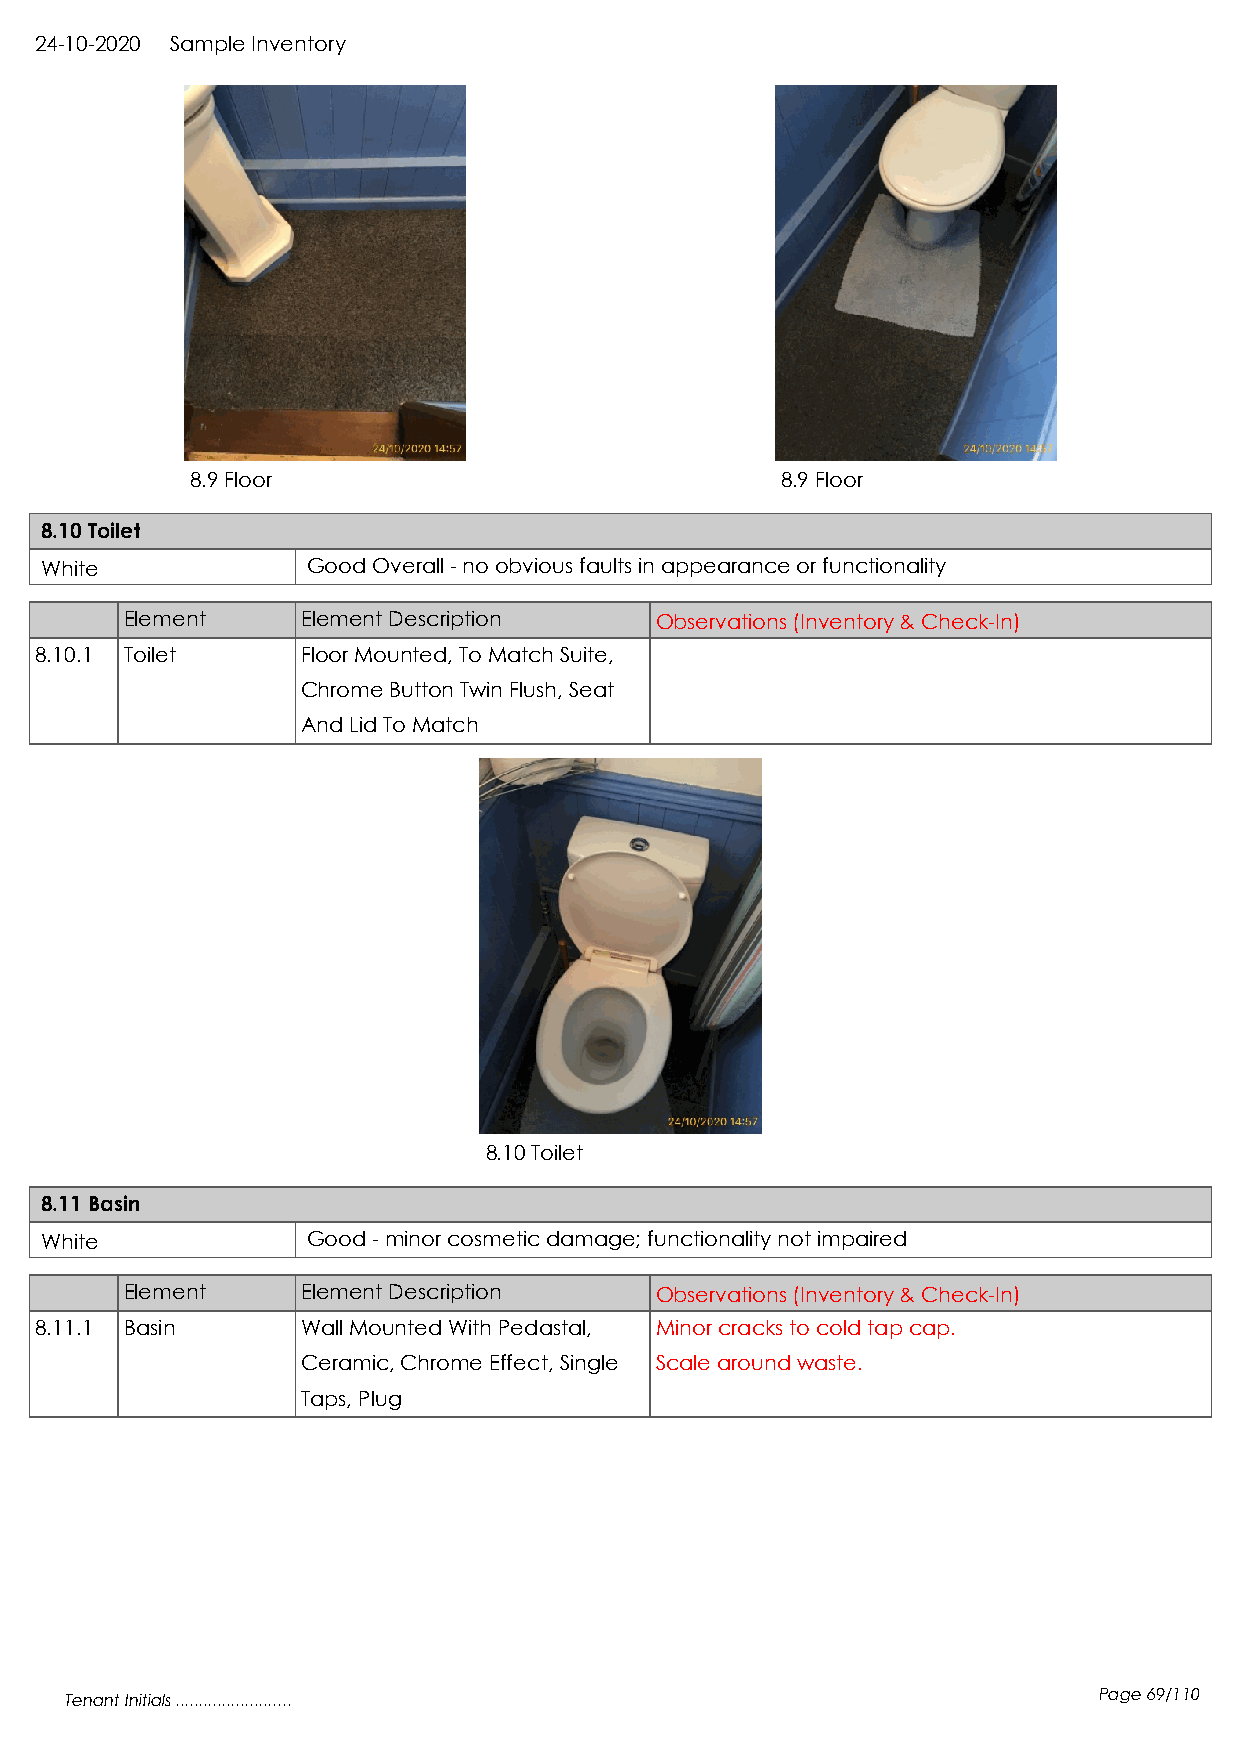
24-10-2020 Sample Inventory
 8.9 Floor                              8.9 Floor
 8.10 Toilet
 White            Good Overall - no obvious faults in appearance or functionality
 Element     Element Description    Observations (Inventory & Check-In)
 8.10.1 Toilet     Floor Mounted, To Match Suite,
 Chrome Button Twin Flush, Seat
 And Lid To Match
 8.10 Toilet
 8.11 Basin
 White            Good - minor cosmetic damage; functionality not impaired
 Element     Element Description    Observations (Inventory & Check-In)
 8.11.1 Basin      Wall Mounted With Pedastal, Minor cracks to cold tap cap.
 Ceramic, Chrome Effect, Single Scale around waste.
 Taps, Plug
 Tenant Initials .........................                            Page 69/110